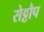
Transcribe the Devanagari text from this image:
सेट्टौप